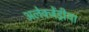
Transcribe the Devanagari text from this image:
अलेक्जेंड्रीया